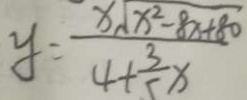
y = \frac { x \sqrt { x ^ { 2 } - 8 x + 8 0 } } { 4 + \frac { 3 } { 5 } x }